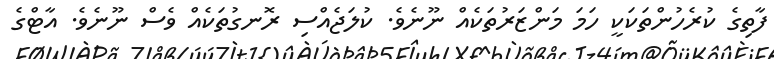
ފާތިގެ ކުރެހުންތަކަކީ ހަމަ މަންޒަރުތަކެއް ނޫނެވެ. ކުލަޖެއްސި ރޮނގުތަކެއް ވެސް ނޫނެވެ. އާޓްގެ